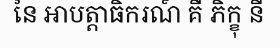
នៃ អាបត្តាធិករណ៍ គឺ ភិក្ខុ នី